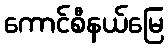
ကောင်စီနယ်မြေ